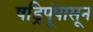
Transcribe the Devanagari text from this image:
षड्रिपूंपासून